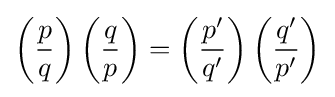
\left({\frac {p}{q}}\right)\left({\frac {q}{p}}\right)=\left({\frac {p'}{q'}}\right)\left({\frac {q'}{p'}}\right)